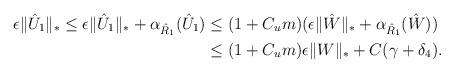
LaTeX: \begin{align*}\epsilon\Vert \hat{U}_1 \Vert_* \le \epsilon\Vert \hat{U}_1 \Vert_* + \alpha_{\hat{R}_1}(\hat{U}_1) &\le (1 + C_{u}m)(\epsilon\Vert \hat{W} \Vert_* + \alpha_{\hat{R}_1}(\hat{W})) \\& \le (1 + C_{u}m)\epsilon\Vert W \Vert_* + C(\gamma+ \delta_4).\end{align*}